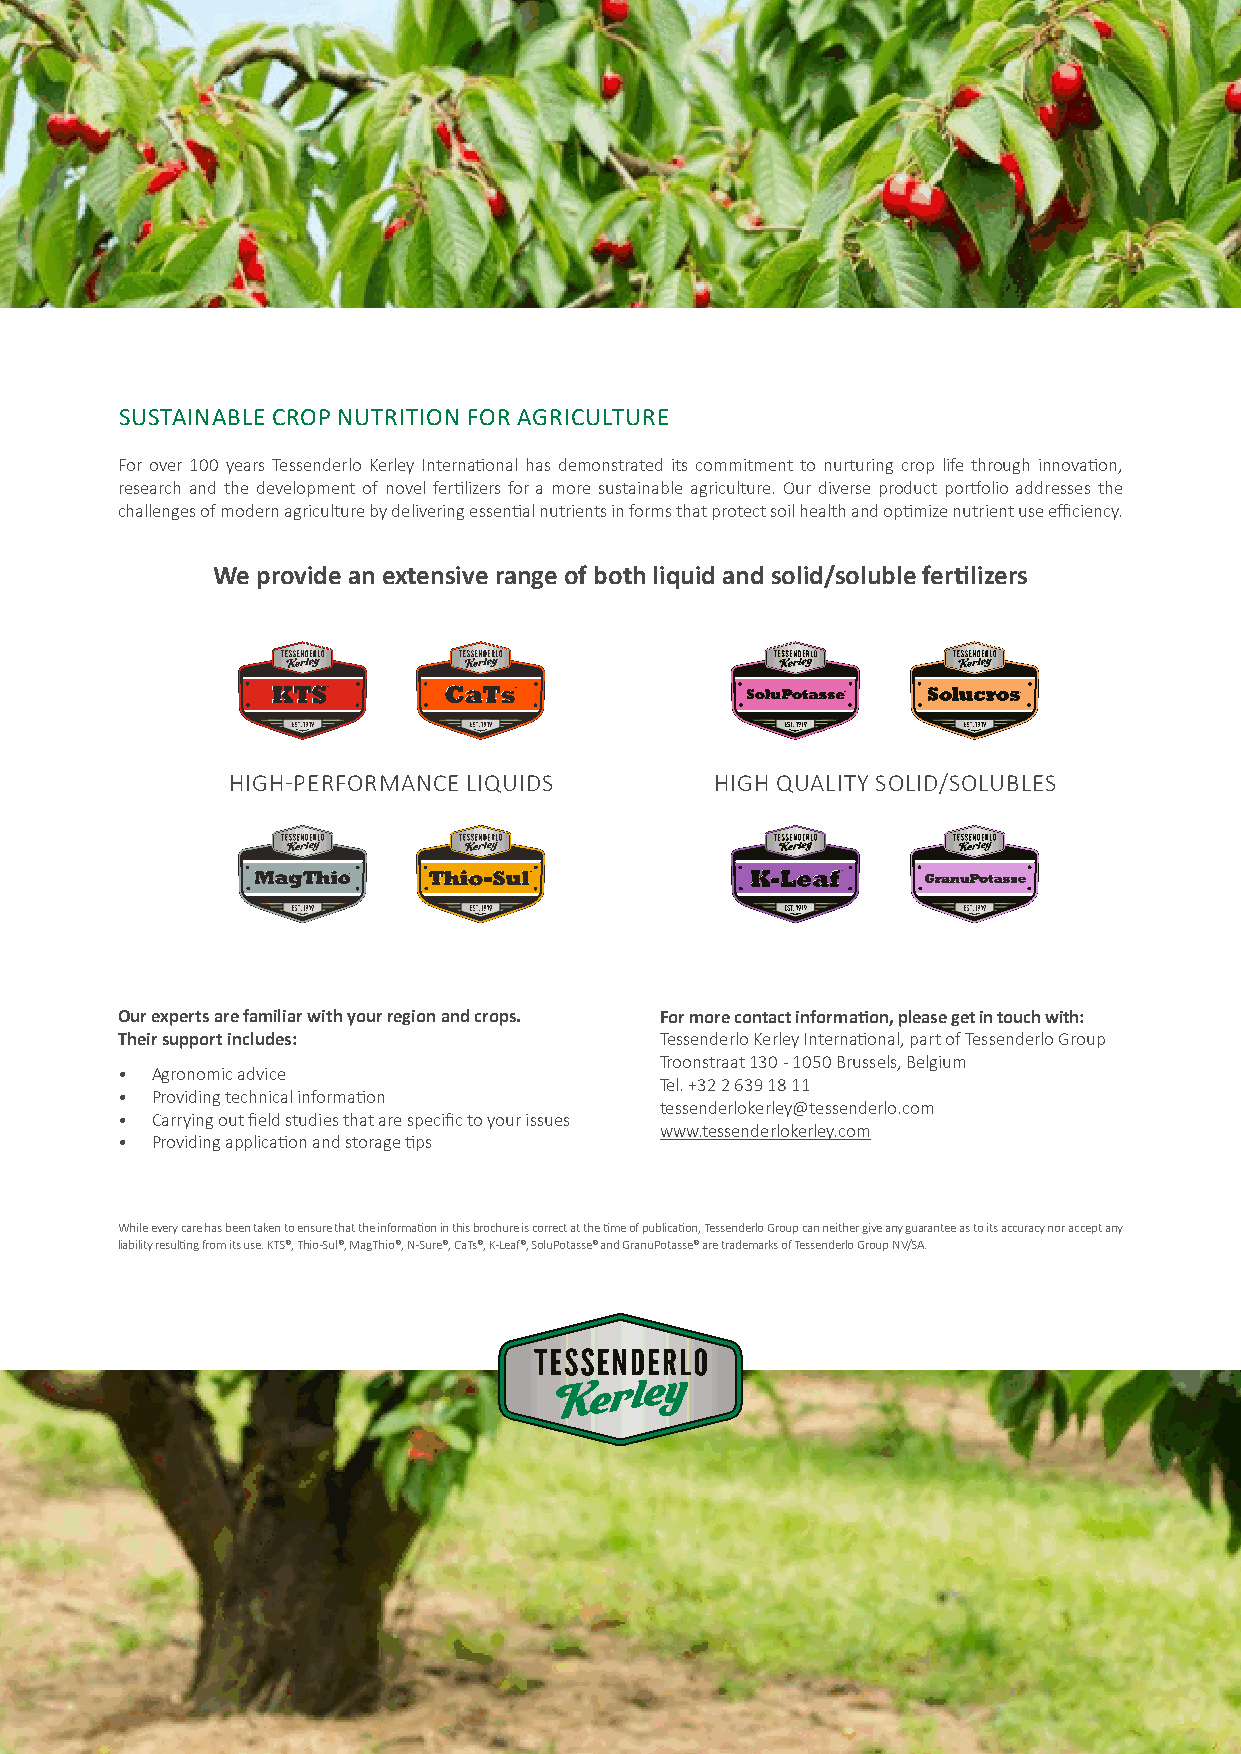
SUSTAINABLE CROP NUTRITION FOR AGRICULTURE
 For over 100 years Tessenderlo Kerley International has demonstrated its commitment to nurturing crop life through innovation,
 research and the development of novel fertilizers for a more sustainable agriculture. Our diverse product portfolio addresses the
 challenges of modern agriculture by delivering essential nutrients in forms that protect soil health and optimize nutrient use efficiency.
 We provide an extensive range of both liquid and solid/soluble fertilizers
 HIGH-PERFORMANCE LIQUIDS        HIGH QUALITY SOLID/SOLUBLES
 Our experts are familiar with your region and crops. For more contact information, please get in touch with:
 Their support includes:             Tessenderlo Kerley International, part of Tessenderlo Group
 Troonstraat 130 - 1050 Brussels, Belgium
 • Agronomic advice
 Tel. +32 2 639 18 11
 • Providing technical information
 tessenderlokerley@tessenderlo.com
 • Carrying out field studies that are specific to your issues
 www.tessenderlokerley.com
 • Providing application and storage tips
 While every care has been taken to ensure that the information in this brochure is correct at the time of publication, Tessenderlo Group can neither give any guarantee as to its accuracy nor accept any
 liability resulting from its use. KTS®, Thio-Sul®, MagThio®, N-Sure®, CaTs®, K-Leaf®, SoluPotasse® and GranuPotasse® are trademarks of Tessenderlo Group NV/SA.
 28